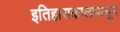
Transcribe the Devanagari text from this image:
इतिहासकालापासून